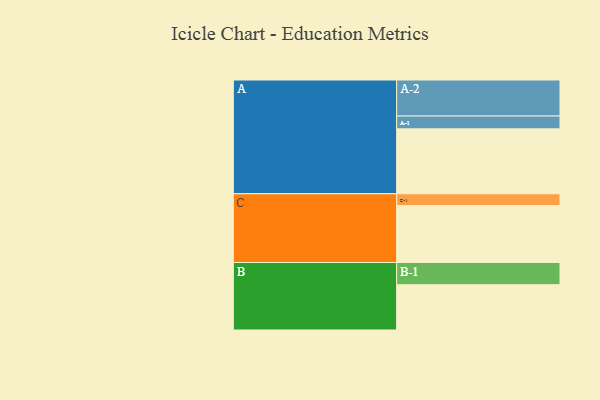
{"axis": {"x": "Segment", "y": "Value"}, "legend": ["", "A", "B", "C"], "data": [{"x": "A", "y": 526, "type": ""}, {"x": "B", "y": 367, "type": ""}, {"x": "C", "y": 461, "type": ""}, {"x": "A-1", "y": 104, "type": "A"}, {"x": "A-2", "y": 292, "type": "A"}, {"x": "B-1", "y": 180, "type": "B"}, {"x": "C-1", "y": 96, "type": "C"}]}